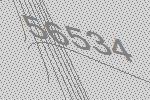
56534